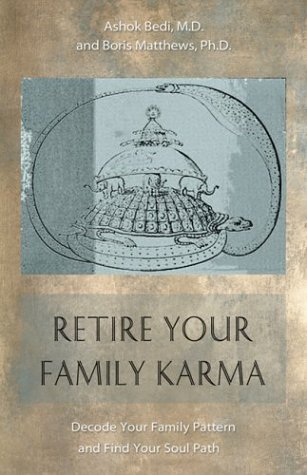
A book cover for Retire Your Family Karma: Decode Your Family Pattern and Find Your Soul Path; Ashok Bedi; Religion & Spirituality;